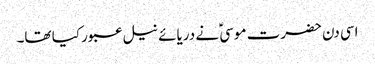
اسی دن حضرت موسیؑ نے دریائے نیل عبور کیا تھا۔